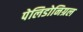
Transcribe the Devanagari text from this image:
पेलिडोनिग्रल